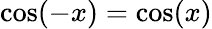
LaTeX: \cos(-x)=\cos(x)